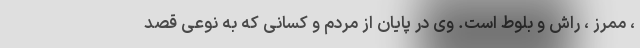
، ممرز ، راش و بلوط است. وی در پایان از مردم و کسانی که به نوعی قصد